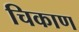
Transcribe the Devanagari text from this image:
चिकाण